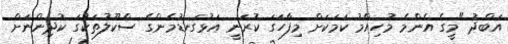
އަބްދު "މީގެ އެންމެ މުހިއްމު ކަމަކަށް މިފާހަގަ ކުރަނީ އަޅުގަނޑުމެންގެ ސްކޫލުތަކުގަ ކުދިންނަށް